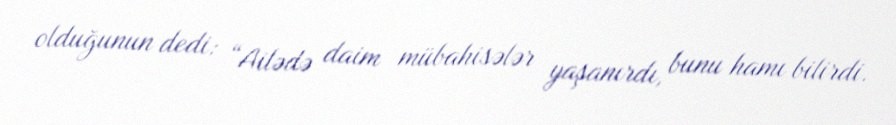
olduğunun dedi: “Ailədə daim mübahisələr yaşanırdı, bunu hamı bilirdi.